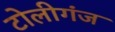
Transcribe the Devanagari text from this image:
टोलीगंज